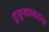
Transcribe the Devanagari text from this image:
बुबुळावरून